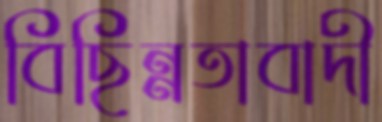
বিছিন্নতাবাদী